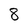
Character: 8